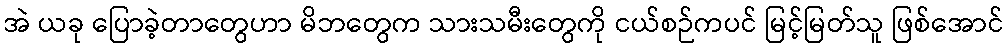
အဲ ယခု ပြောခဲ့တာတွေဟာ မိဘတွေက သားသမီးတွေကို ငယ်စဉ်ကပင် မြင့်မြတ်သူ ဖြစ်အောင်